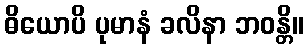
ဓိယောပိ ပုမာနံ ခလိနာ ဘဝန္တိ။